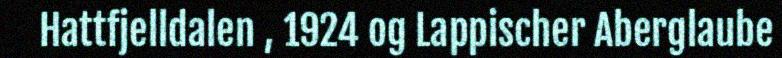
Hattfjelldalen , 1924 og Lappischer Aberglaube